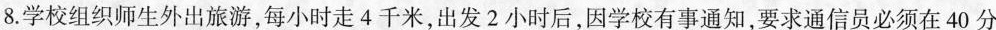
8.学校组织师生外出旅游，每小时走4千米，出发2小时后，因学校有事通知，要求通信员必须在40 分